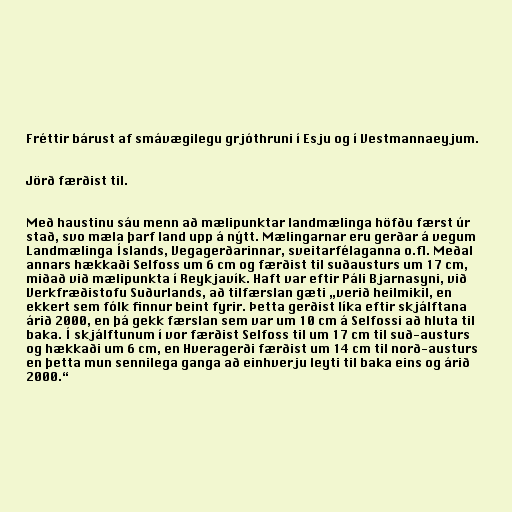
Fréttir bárust af smávægilegu grjóthruni í Esju og í Vestmannaeyjum.

Jörð færðist til.

Með haustinu sáu menn að mælipunktar landmælinga höfðu færst úr
stað, svo mæla þarf land upp á nýtt. Mælingarnar eru gerðar á vegum
Landmælinga Íslands, Vegagerðarinnar, sveitarfélaganna o.fl. Meðal
annars hækkaði Selfoss um 6 cm og færðist til suðausturs um 17 cm,
miðað við mælipunkta í Reykjavík. Haft var eftir Páli Bjarnasyni, við
Verkfræðistofu Suðurlands, að tilfærslan gæti „verið heilmikil, en
ekkert sem fólk finnur beint fyrir. Þetta gerðist líka eftir skjálftana
árið 2000, en þá gekk færslan sem var um 10 cm á Selfossi að hluta til
baka. Í skjálftunum í vor færðist Selfoss til um 17 cm til suð-austurs
og hækkaði um 6 cm, en Hveragerði færðist um 14 cm til norð-austurs
en þetta mun sennilega ganga að einhverju leyti til baka eins og árið
2000.“